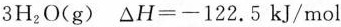
3H_{2}O(g) $$\Delta H=-122.5kJ/mol$$